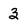
Character: 3